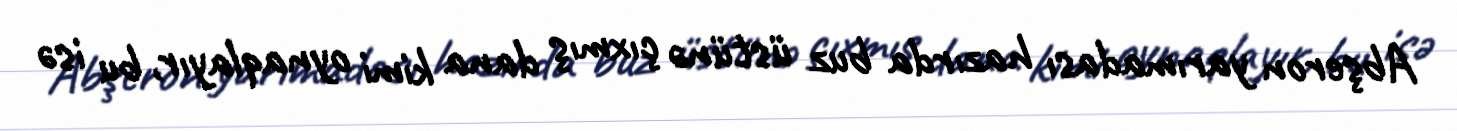
Abşeron yarımadası hazırda buz üstünə çıxmış dana kimi oynaqlayır, bu isə